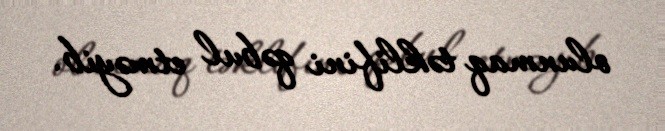
olunmaq təklifini qəbul etməyib.